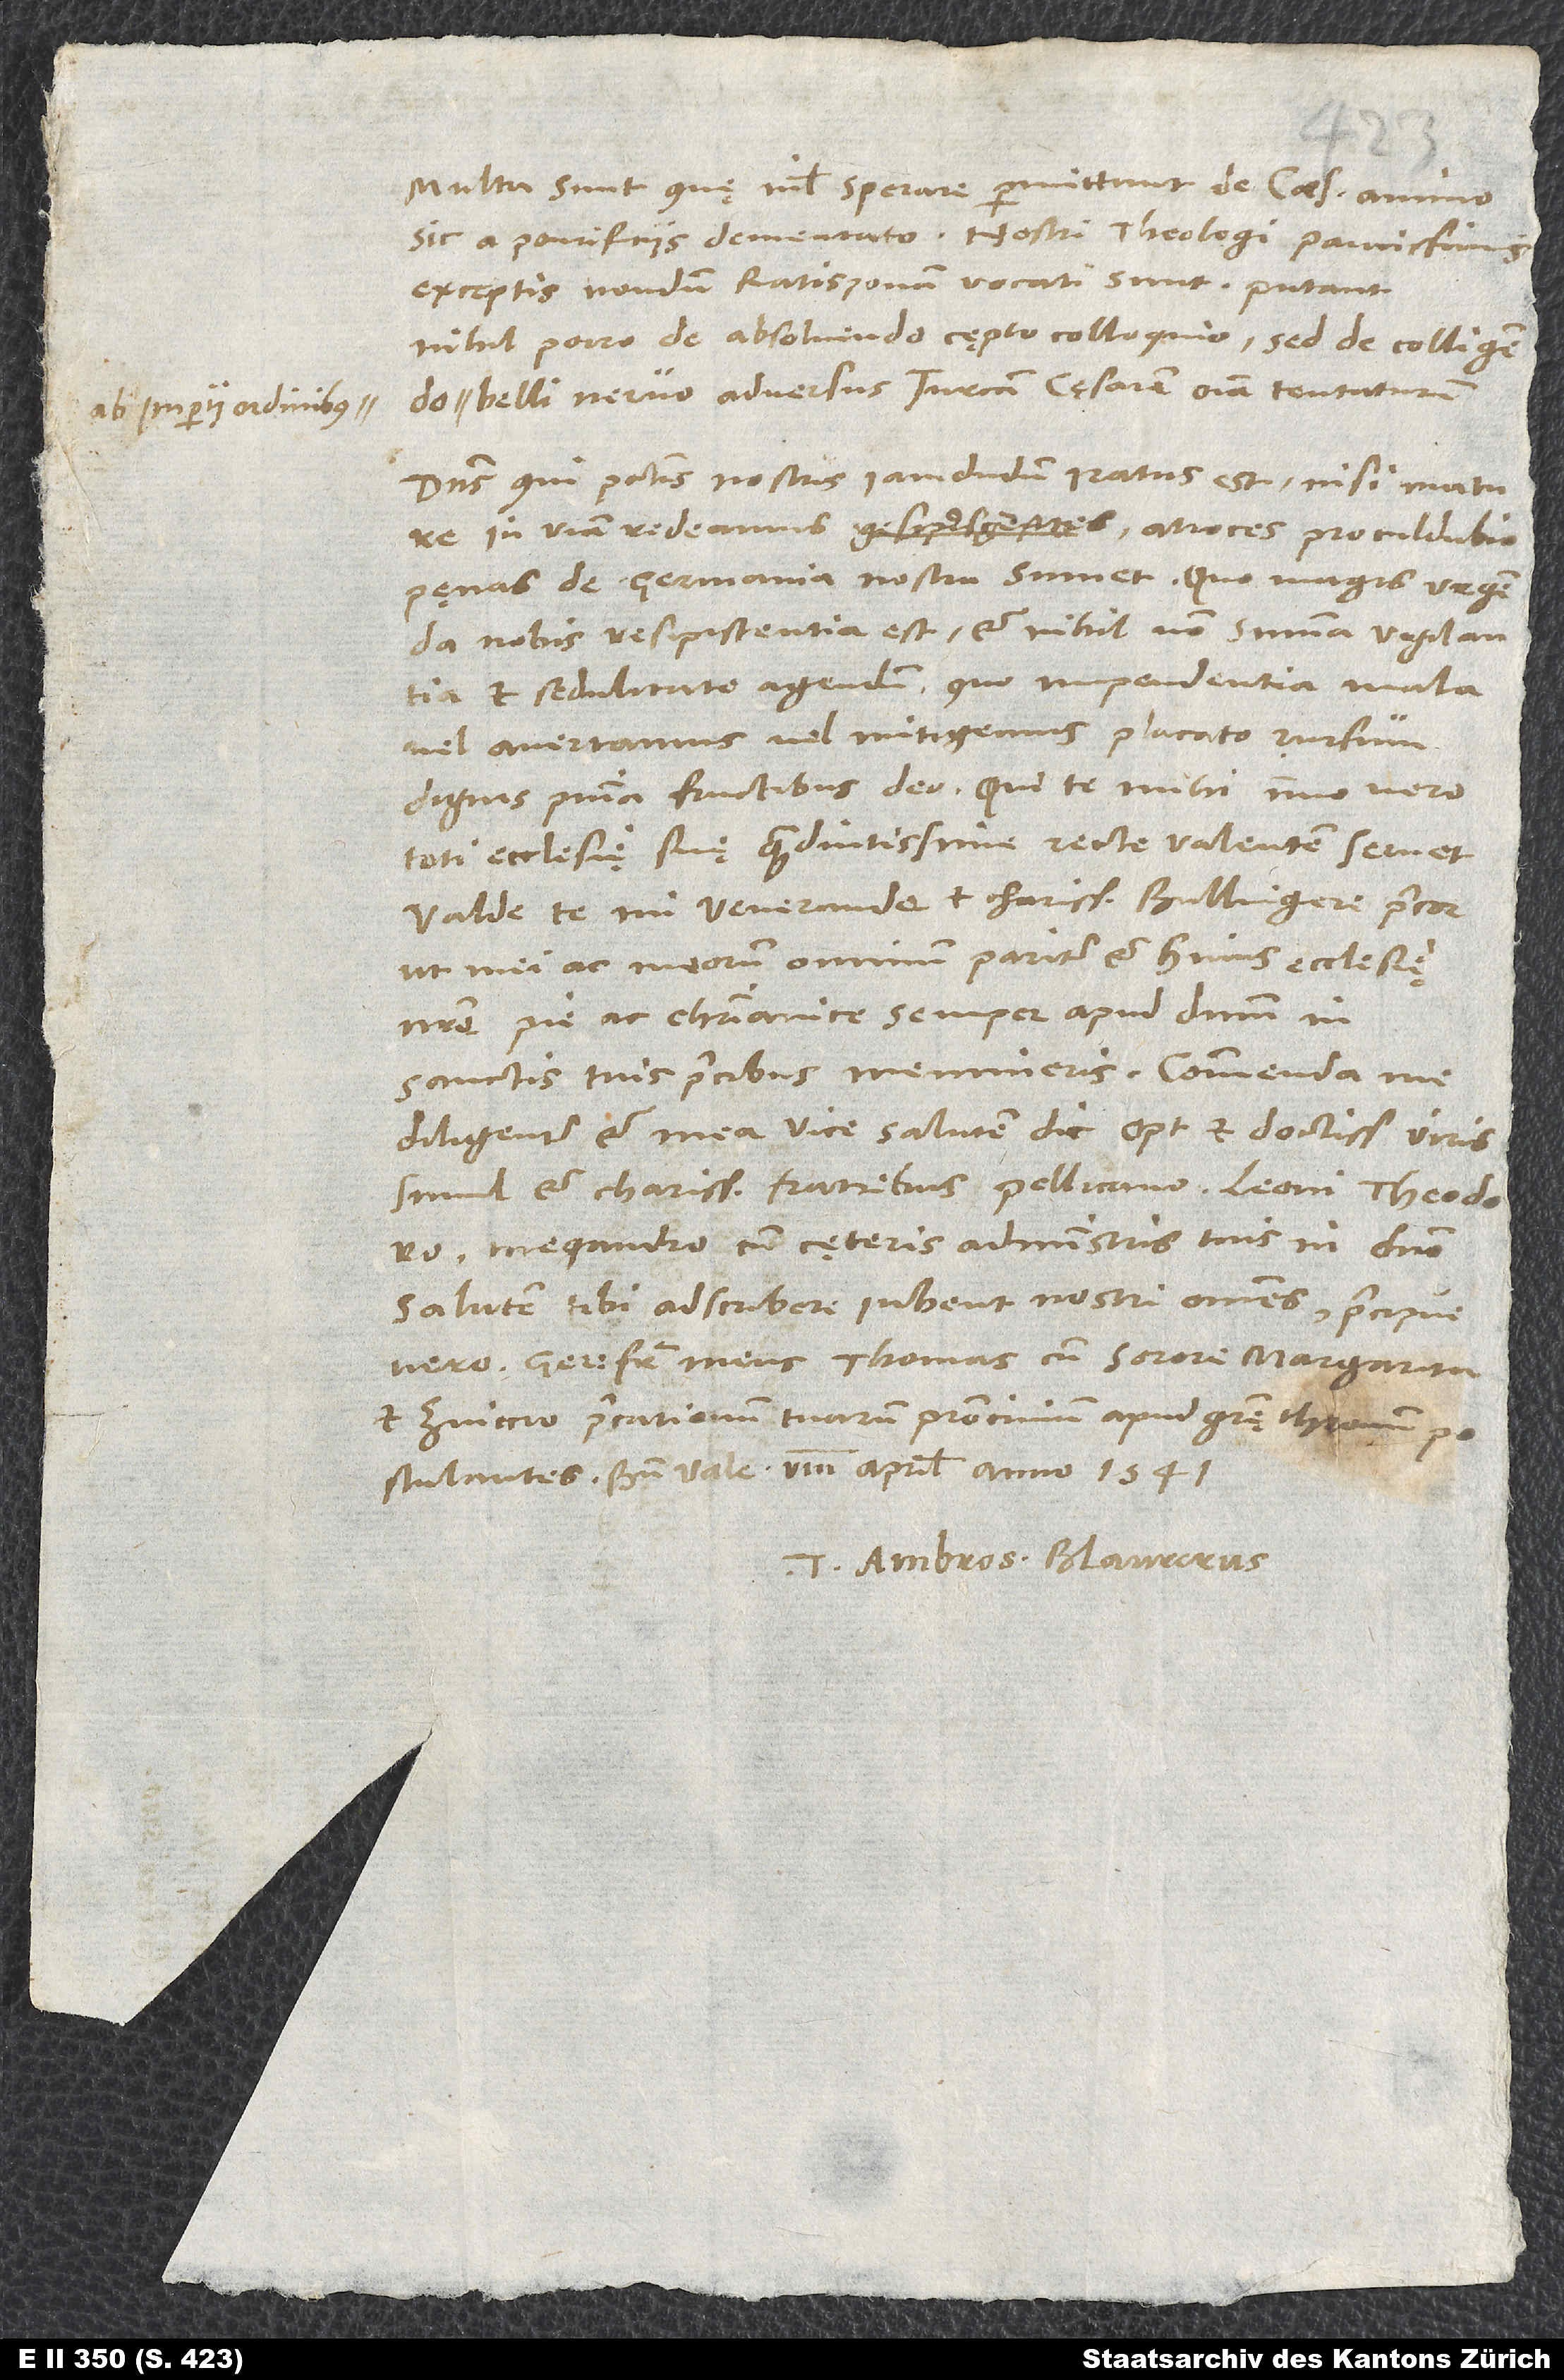
imperii ordinibus

Multa sunt, quę nihil sperare permittunt de caesaris animo
sic a pontificiis dementato. Nostri theologi paucissimis
exceptis nondum Ratisponam vocati sunt; putant
nihil porro de absolvendo cępto colloquio, sed de colligendo
belli nervo adversus Turcam cęsarem omnia tentaturum.
Dominus, qui peccatis nostris iamdudum iratus est, nisi mature
in viam redeamus, atroces proculdubio
nobis resipiscentia est et nihil non summa vigilantia
et sedulitate agendum, quo impendentia mala
vel avertamus vel mitigemus placato rursum
dignis poenitentiae fructibus deo, qui te mihi, immo vero
toti ecclesiae suę quam diutissime recte valentem servet.
Valde te, mi venerande et charissime Bullingere, precor,
ut mei ac meorum omnium pariter et huius ecclesię
nostrę pie ac christianice semper apud dominum in
sanctis tuis precibus memineris. Commenda me
diligenter et mea vice salutem dic optimis et doctissimis viris
simul et charissimis fratribus Pellicano, Leoni, Theodoro,
Megandro et cęteris administris tuis in domino.
Salutem tibi adscribere iubent nostri omnes, praecipue
vero germanus frater meus Thomas cum sorore Margarita
et Zviccio precationum tuarum patrocinium apud gratię thronum
postulantes. Bene vale. 8. aprilis anno 1541.
Tuus Ambros. Blaurerus.